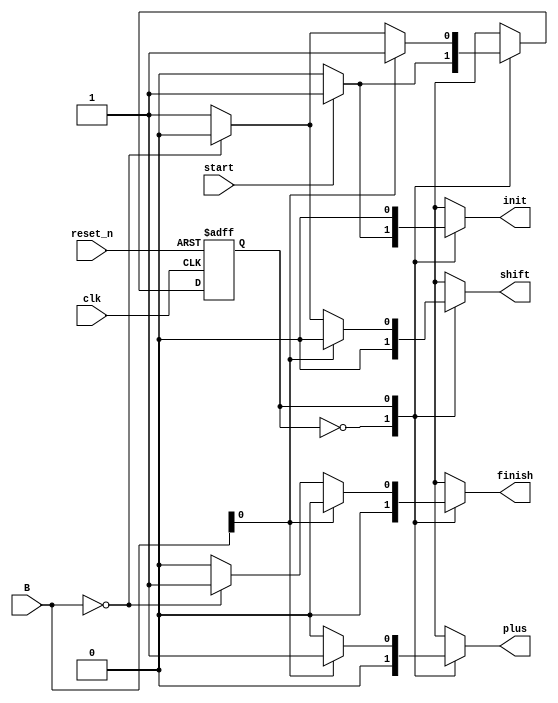
module mult4bit_controller #(parameter N = 4)(
  input         clk    ,
  input         reset_n,
  input         start  ,
  input [N-1:0] B      ,
  output reg    init   ,
  output reg    plus   ,
  output reg    shift  ,
  output reg    finish 
  );

  localparam IDLE = 1'b0;
  localparam COMPUTE = 1'b1;

  reg current_state;
  reg next_state   ;

  always @(start, B) begin
    init   = 0;
    plus   = 0;
    shift  = 0;
    finish = 0;
    case(current_state)
      IDLE: begin
        if(start) begin
          init = 1;
          next_state = COMPUTE;
        end
        else begin
          next_state = IDLE;
        end
      end
      COMPUTE: begin
        if(B[0]) begin
          plus = 1;
          next_state = COMPUTE;
        end
        else begin
          if(!B) begin
            finish = 1;
            next_state = IDLE;
          end
          else begin
            shift = 1;
            next_state = COMPUTE;
          end
        end
      end
    endcase
  end

  always @(posedge clk, negedge reset_n) begin
    if(!reset_n) begin
      current_state <= IDLE;
    end
    else begin
      current_state <= next_state;
    end
  end
endmodule